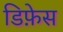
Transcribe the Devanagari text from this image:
डिफ़ेस